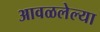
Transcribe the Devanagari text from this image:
आवळलेल्या